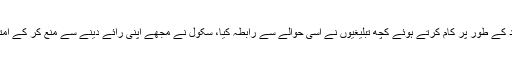
ایک سال بعد، اسی سکول میں استاد کے طور پر کام کرتے ہوئے کچھ تبلیغیوں نے اسی حوالے سے رابطہ کیا، سکول نے مجھے اپنی رائے دینے سے منع کر کے امتحان سے متعلق تعلیم دینے پر کہا۔